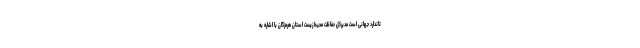
تاندارد جهانی است مدیرکل حفاظت محیط زیست استان هرمزگان با اشاره به